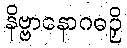
နိဗ္ဗာနောဂဓဉှိ